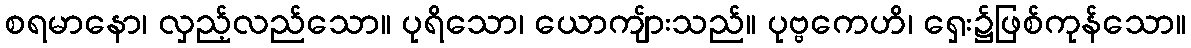
စရမာနော၊ လှည့်လည်သော။ ပုရိသော၊ ယောကျ်ားသည်။ ပုဗ္ဗကေဟိ၊ ရှေး၌ဖြစ်ကုန်သော။